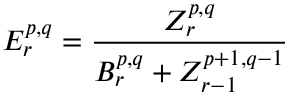
E _ { r } ^ { p , q } = { \frac { Z _ { r } ^ { p , q } } { B _ { r } ^ { p , q } + Z _ { r - 1 } ^ { p + 1 , q - 1 } } }